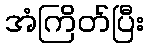
အံကြိတ်ပြီး